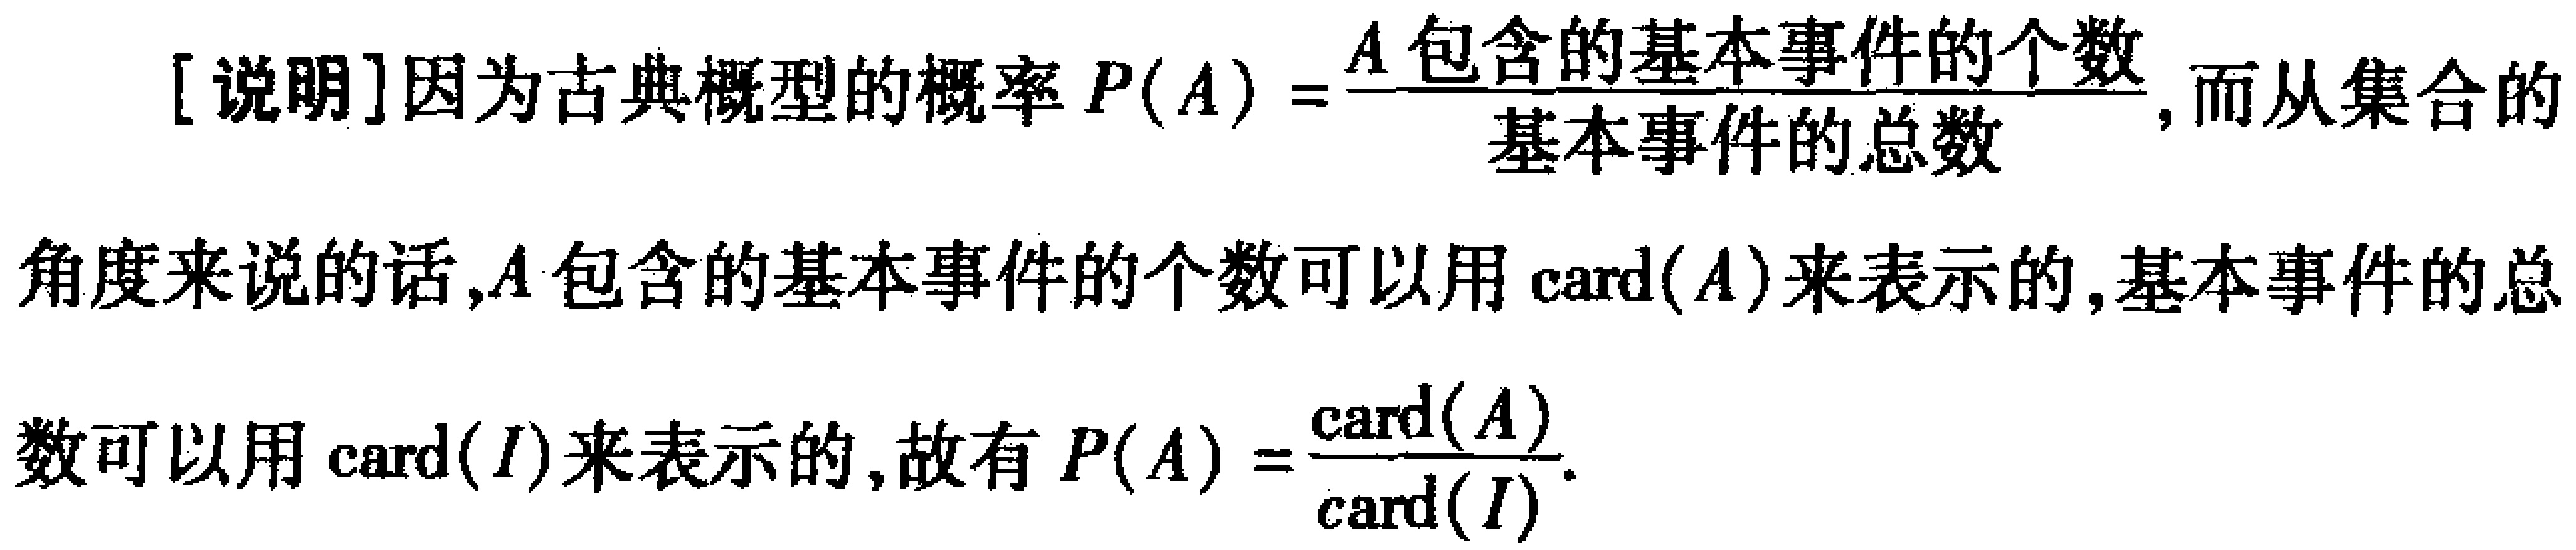
[说明]因为古典概型的概率 \(P(A)=\frac{A\text{包含的基本事件的个数}}{\text{基本事件的总数}}\)，而从集合的角度来说的话，\(A\) 包含的基本事件的个数可以用 \(\text{card}(A)\) 来表示的，基本事件的总数可以用 \(\text{card}(I)\) 来表示的，故有 \(P(A)=\frac{\text{card}(A)}{\text{card}(I)}\).